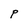
Character: P